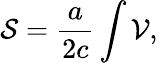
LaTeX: {\cal S}=\frac{a}{2c}\int{\cal V},